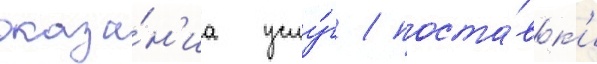
оказа́н'иа услу́г / поста́вк'и